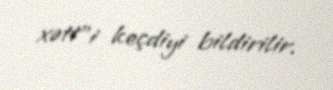
xətt”i keçdiyi bildirilir.